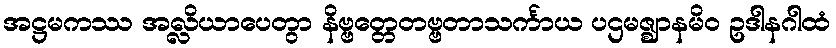
အဋ္ဌမကဿ အလ္လိယာပေတွာ နိဗ္ဗတ္တေတဗ္ဗတာသင်္ကာယ ပဌမဇ္ဈာနမိဝ ဥဒါနဂါထံ